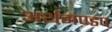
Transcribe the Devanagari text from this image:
अर्थमण्डप